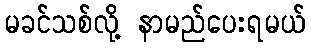
မခင်သစ်လို့ နာမည်ပေးရမယ်